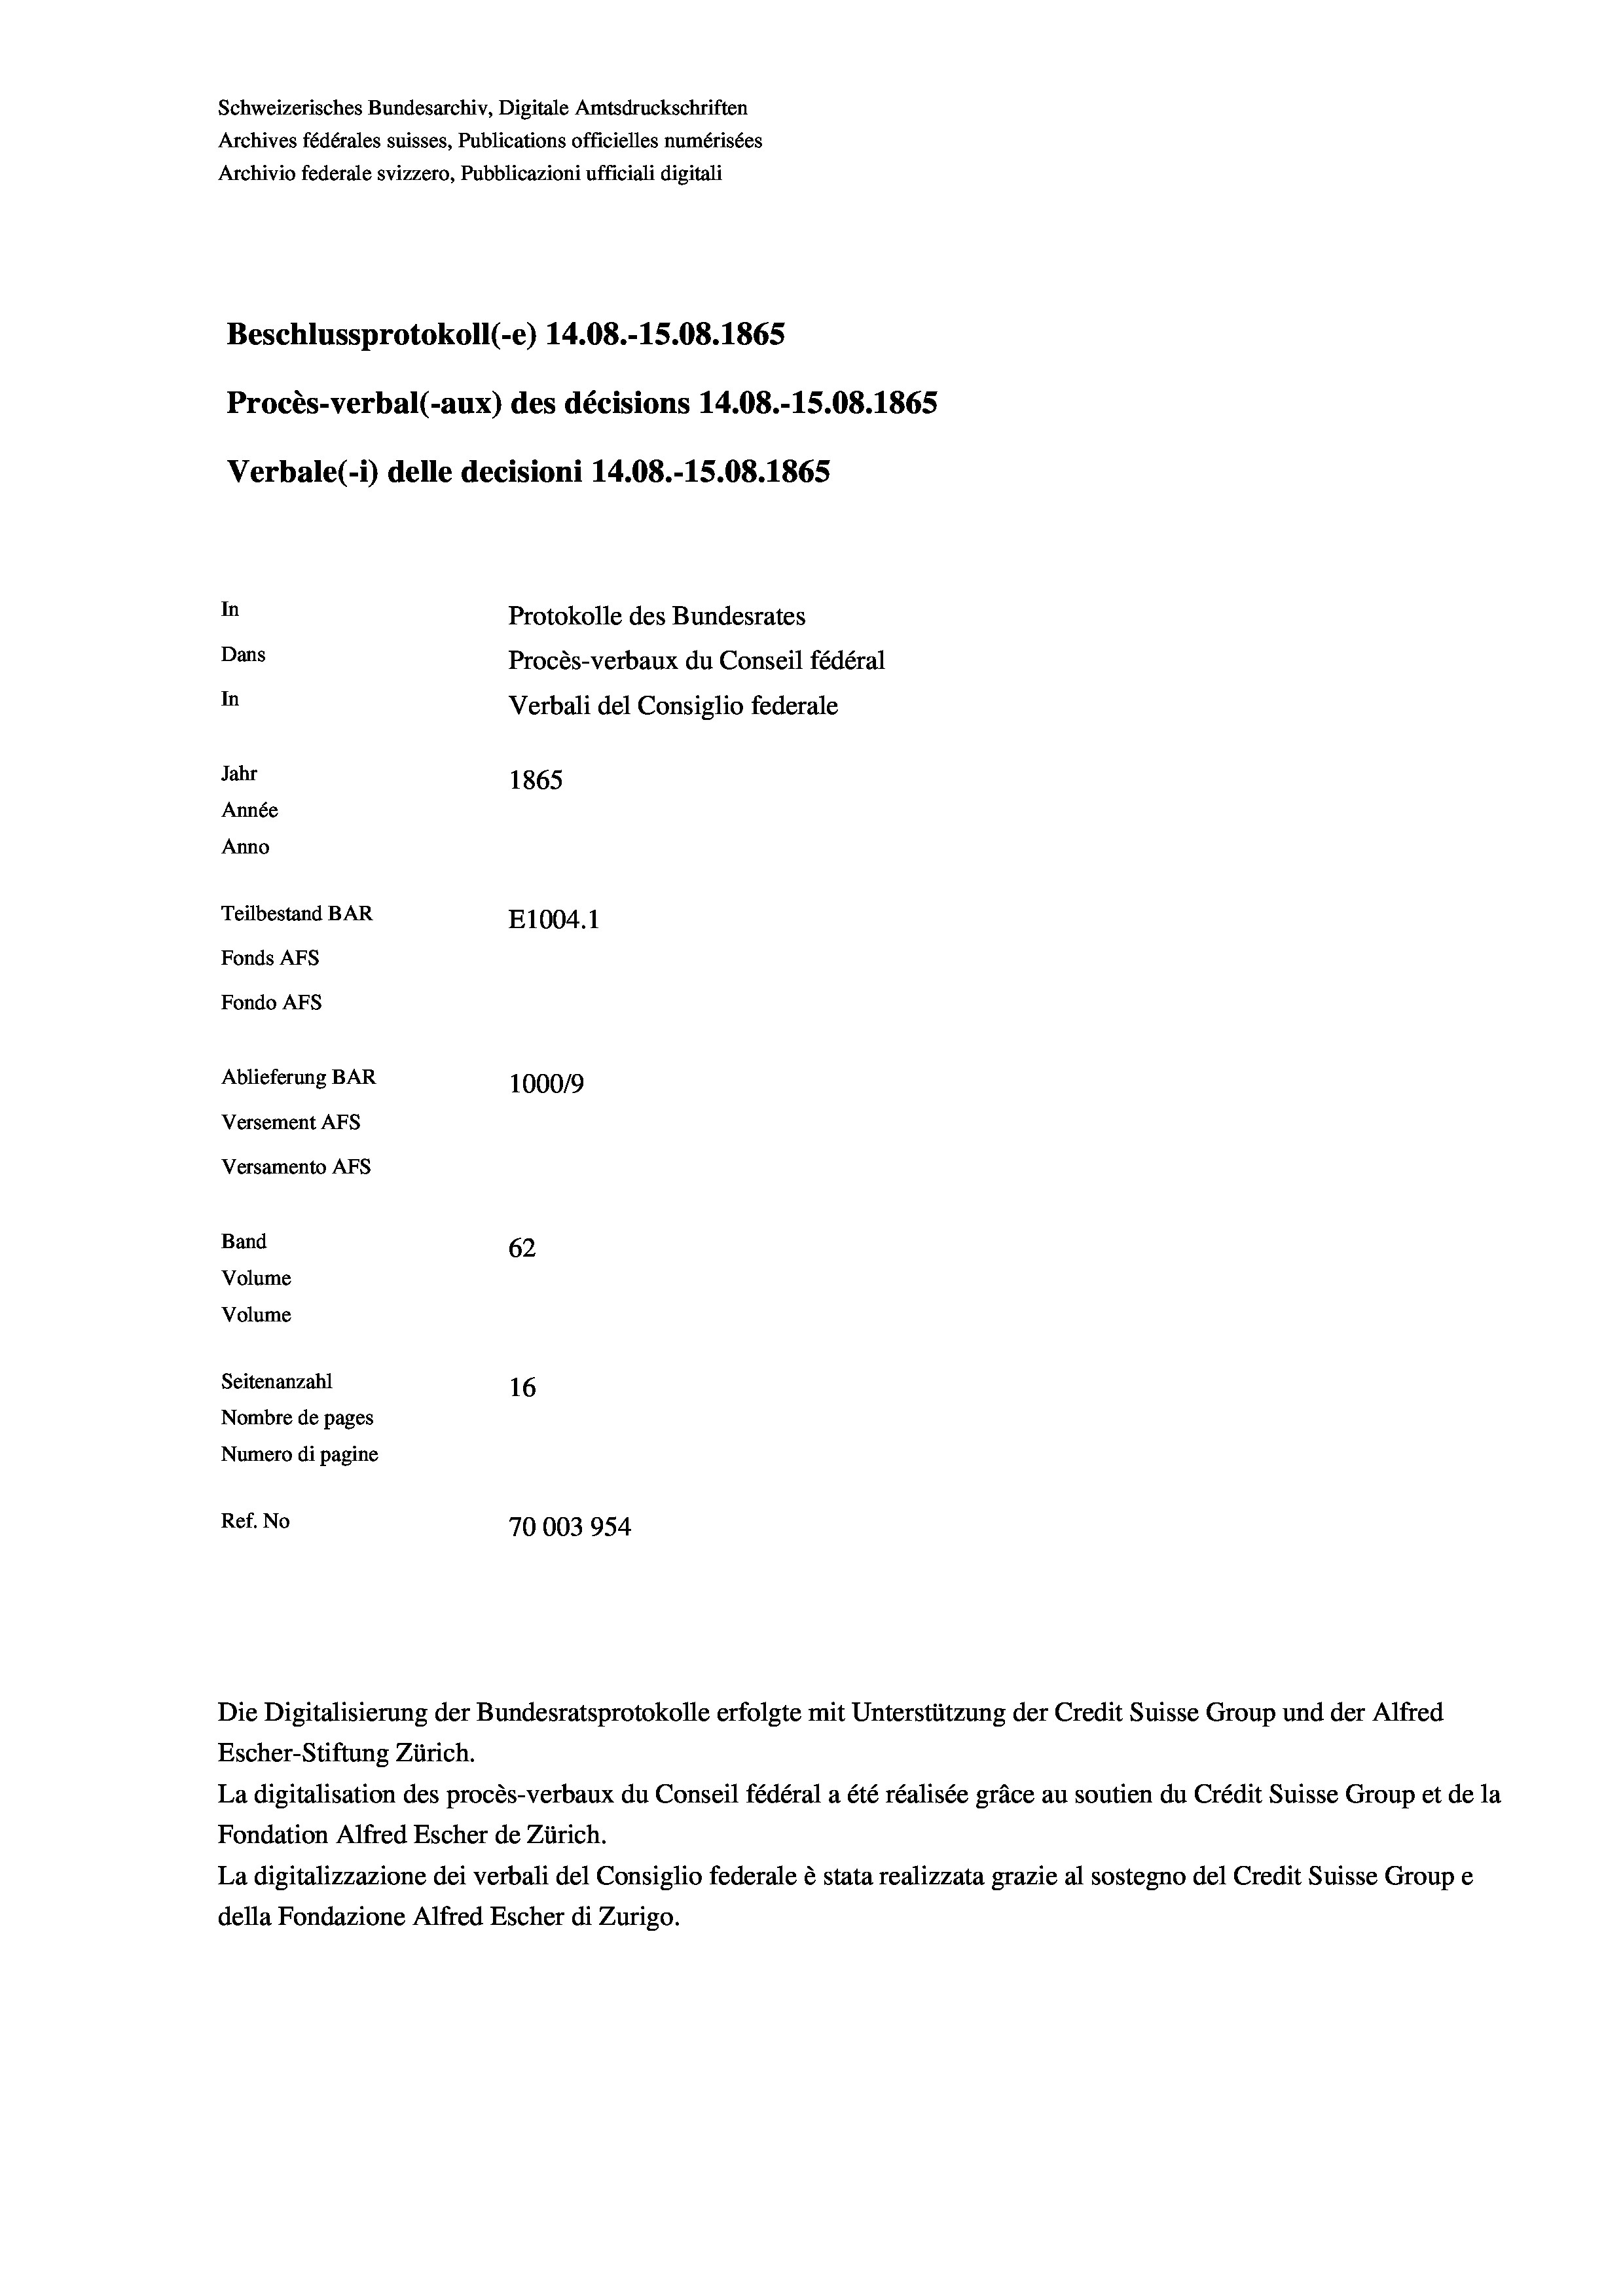
Schweizerisches Bundesarchiv, Digitale Amtsdruckschriften
Archives fédérales suisses, Publications officielles numérisées
Archivio federale svizzero, Pubblicazioni ufficiali digitali
Beschlussprotokoll (-e) 14.08.-15.08. 1865
Procès-verbal (-aux) des décisions 14.08.-15.08. 1865
Verbale (- 1) delle decisioni 14.08.-15.08. 1865
In
Protokolle des Bundesrates
Dans
Procès-verbaux du Conseil fédéral
In
Verbali del Consiglio federale
Jahr
1865
Année
Anno
Teilbestand BAR
E1004.1
Fonds AFs
Fondo AFS
Ablieferung BAR
100019
Versement AFs
Versamento AFs
Band
62
Volume
Volume
Seitenanzahl
16
Nombre de pages
Numero di pagine
Ref. No
70003954

La digitalisation des procès-verbaux du Conseil fédéral a été réalisée gräce au soutien du Crédit Suisse Group et de la
Fondation Alfred Escher de Zürich.
La digitalizzazione dei verbali del Consiglio federale è stata realizzata grazie al sostegno del Credit Suisse Groupe
della Fondazione Alfred Escher di Zurigo.

Escher-Stiftung Zürich.

Die Digitalisierung der Bundesratsprotokolle erfolgte mit Unterstützung der Credit Suisse Group und der Alfred